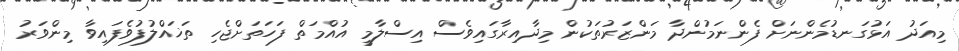
މިއަދު އަޅުގަނޑުމެންނަށް ފެންނަމުންދާ މަންޒަރުތަކުން މިދާއިރާގައިވެސް އިސްލާމީ އުއްމަތް ފަހަތަށްޖެހި ތަޚައްލުފުވެފައިވާ މިންވަރު